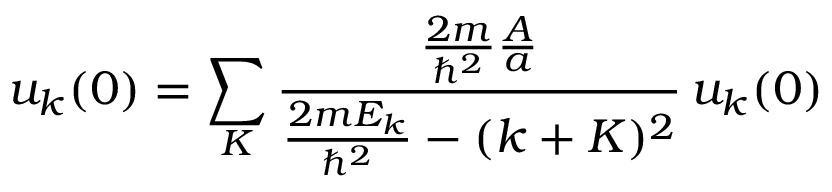
u _ { k } ( 0 ) = \sum _ { K } { \frac { { \frac { 2 m } { \hbar ^ { 2 } } } { \frac { A } { a } } } { { \frac { 2 m E _ { k } } { \hbar ^ { 2 } } } - ( k + K ) ^ { 2 } } } \, u _ { k } ( 0 )